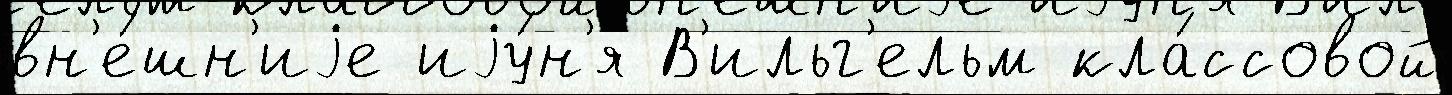
вн'е́шн'иjе иjу́н'я В'ильг'ельм кла́ссовой